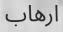
ارھاب